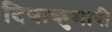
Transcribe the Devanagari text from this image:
दियाकुमारी